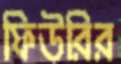
ফিউরির